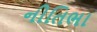
નીતિભા